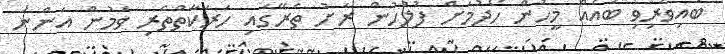
ބައިވެރިވި ބައެއް މީހުން ހޯދުމަށް ފުލުހުން ރަށު ތެރޭގައި ހަރަކާތްތެރި ވަމުން އަންނަ